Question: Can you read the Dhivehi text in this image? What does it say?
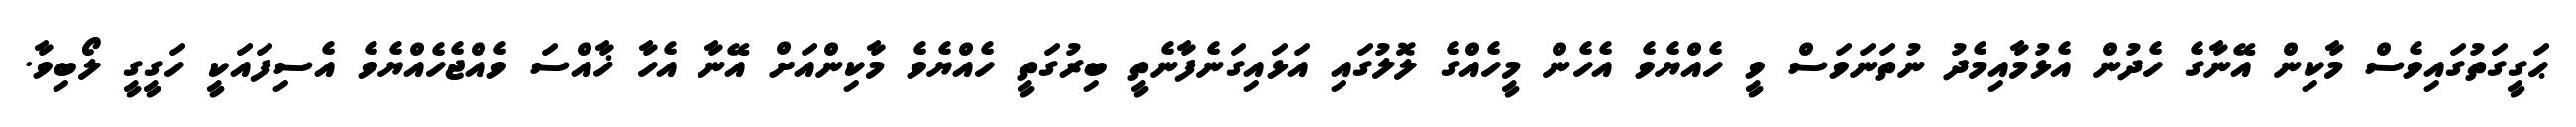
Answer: ޙަގީގަތުގައިވެސް މާކިން އޭނާގެ ހެދުން އެޅުމާއިމެދު ނުތަނަވަސް ވީ ހެއްޔެވެ އެހެން މީހެއްގެ ލޮލުގައި އަޅައިގަނެފާނެތީ ބިރުގަތީ ހެއްޔެވެ މާކިންއަށް އޭނާ އެހާ ޚާއްސަ ވެއްޖެހެއްޔެވެ އެސިފައަކީ ހަގީގީ ލޯބިވާ.